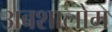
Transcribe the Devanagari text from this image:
अबशालोम